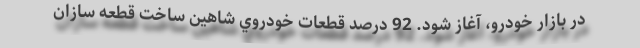
در بازار خودرو، آغاز شود. 92 درصد قطعات خودروي شاهين ساخت قطعه سازان